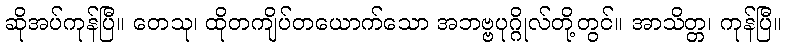
ဆိုအပ်ကုန်ပြီ။ တေသု၊ ထိုတကျိပ်တယောက်သော အဘဗ္ဗပုဂ္ဂိုလ်တို့တွင်။ အာသိတ္တ၊ ကုန်ပြီ။